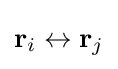
\mathbf {r} _{i}\leftrightarrow \mathbf {r} _{j}